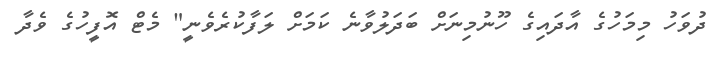
ދުވަހު މިމަހުގެ އާދައިގެ ހޫނުމިނަށް ބަދަލުވާނެ ކަމަށް ލަފާކުރެވެނީ" މެޓް އޮފީހުގެ ވެދާ